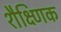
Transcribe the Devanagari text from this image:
शैक्ष्णिक